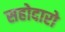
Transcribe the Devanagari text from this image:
सहोदारो